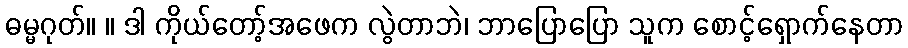
ဓမ္မဂုတ်။ ။ ဒါ ကိုယ်တော့်အဖေက လွဲတာဘဲ၊ ဘာပြောပြော သူက စောင့်ရှောက်နေတာ